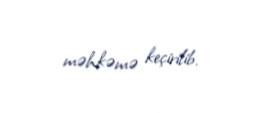
məhkəmə keçirilib.